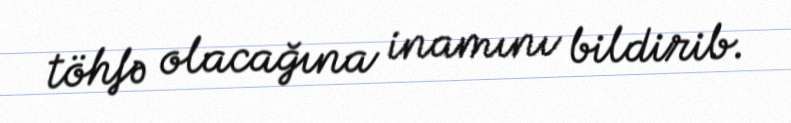
töhfə olacağına inamını bildirib.